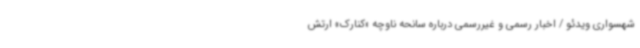
شهسواری ویدئو / اخبار رسمی و غیررسمی درباره سانحه ناوچه «کنارک» ارتش